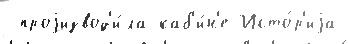
 проjизвод'и́ла каб'и́н'е Исто́р'иjа